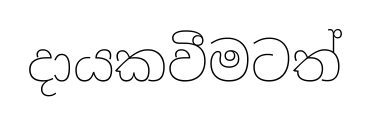
දායකවීමටත්